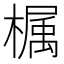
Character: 𣚚